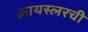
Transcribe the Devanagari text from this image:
क्रायस्लरची